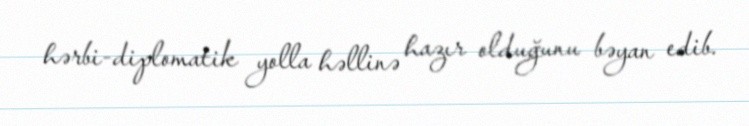
hərbi-diplomatik yolla həllinə hazır olduğunu bəyan edib.